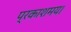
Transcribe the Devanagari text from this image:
प्रकाशमय।